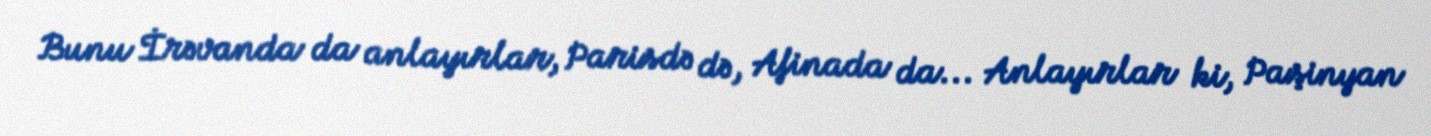
Bunu İrəvanda da anlayırlar, Parisdə də, Afinada da... Anlayırlar ki, Paşinyan